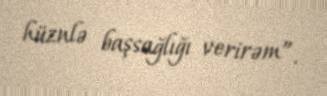
hüznlə başsağlığı verirəm”.